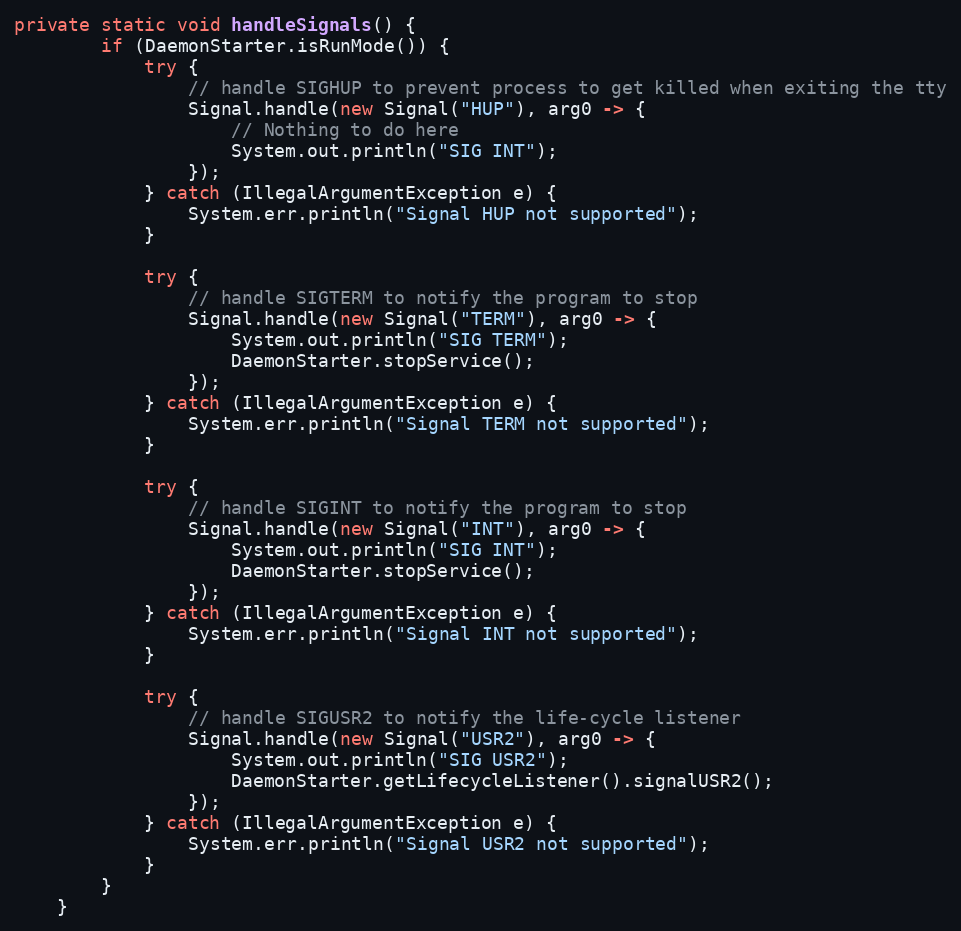
Language: Java
private static void handleSignals() {
        if (DaemonStarter.isRunMode()) {
            try {
                // handle SIGHUP to prevent process to get killed when exiting the tty
                Signal.handle(new Signal("HUP"), arg0 -> {
                    // Nothing to do here
                    System.out.println("SIG INT");
                });
            } catch (IllegalArgumentException e) {
                System.err.println("Signal HUP not supported");
            }

            try {
                // handle SIGTERM to notify the program to stop
                Signal.handle(new Signal("TERM"), arg0 -> {
                    System.out.println("SIG TERM");
                    DaemonStarter.stopService();
                });
            } catch (IllegalArgumentException e) {
                System.err.println("Signal TERM not supported");
            }

            try {
                // handle SIGINT to notify the program to stop
                Signal.handle(new Signal("INT"), arg0 -> {
                    System.out.println("SIG INT");
                    DaemonStarter.stopService();
                });
            } catch (IllegalArgumentException e) {
                System.err.println("Signal INT not supported");
            }

            try {
                // handle SIGUSR2 to notify the life-cycle listener
                Signal.handle(new Signal("USR2"), arg0 -> {
                    System.out.println("SIG USR2");
                    DaemonStarter.getLifecycleListener().signalUSR2();
                });
            } catch (IllegalArgumentException e) {
                System.err.println("Signal USR2 not supported");
            }
        }
    }